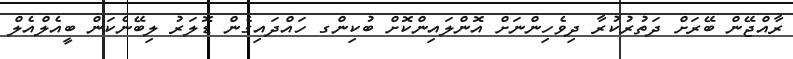
ރާއްޖޭން ބޭރަށް ދަތުރުކުރާ ދިވެހިންނަށް އޮންލައިންކޮށް ބުކިންގ ހައްދައިގެން ޑޮލަރު ލިބޭނެކަން ބީއެލްއެލް